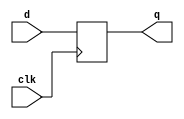
module d_flip_flop(
    input wire clk,          // Clock input
    input wire d,            // Data input
    output reg q             // Output
);

always @(posedge clk) begin
    q <= d;
end

endmodule